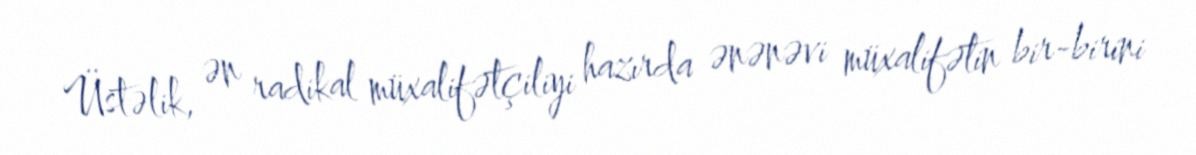
Üstəlik, ən radikal müxalifətçiliyi hazırda ənənəvi müxalifətin bir-birini